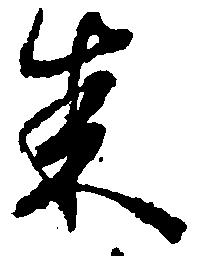
来